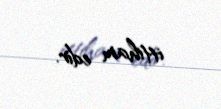
ittiham edir.